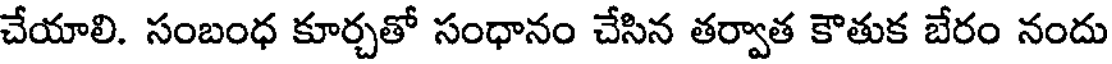
చేయాలి. సంబంధ కూర్చతో సంధానం చేసిన తర్వాత కౌతుక బేరం నందు